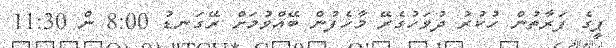
ޕީގެ ފަރާތުން ހުކުރު ދުވަހުގެރޭ މާހެފުން ބޭއްވުމަށް ރޭގަނޑު 8:00 ން 11:30